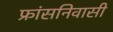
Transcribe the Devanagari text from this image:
फ्रांसनिवासी